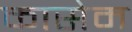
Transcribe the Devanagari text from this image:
कासेम